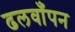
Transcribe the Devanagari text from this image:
ढलवाँपन